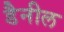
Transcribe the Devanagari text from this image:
डैनील